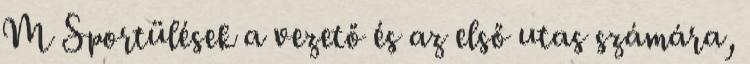
M Sportülések a vezető és az első utas számára,